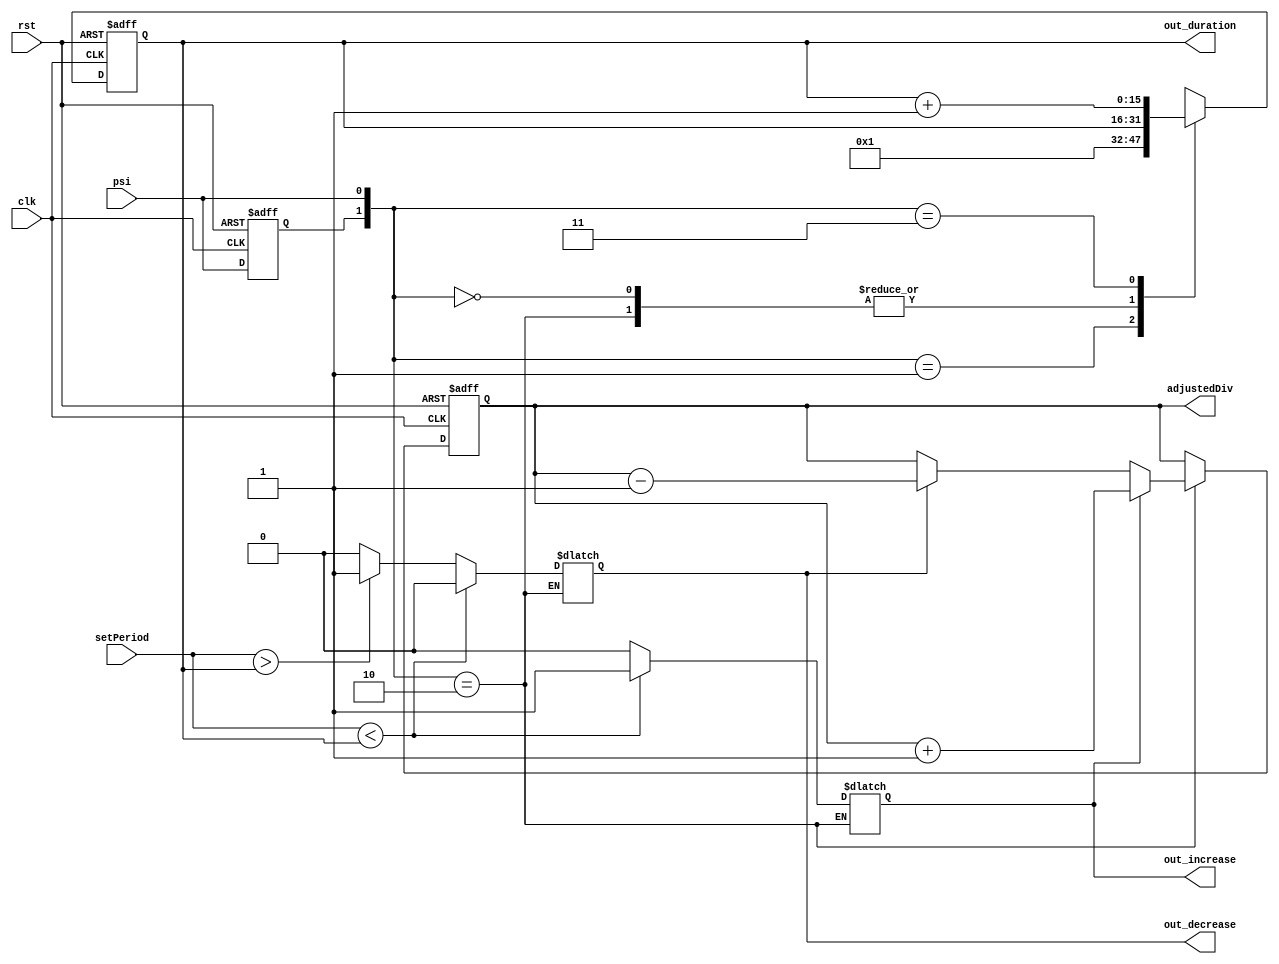
`timescale 1ns/1ns
module FrequencyRegulator(input clk , rst , psi , input [7:0] setPeriod , output reg [7:0] adjustedDiv , output[15:0] out_duration , output out_increase , out_decrease);
  // psi -> output max/min frequency divider after passing T Flip-Flop 
  // adjustedDiv -> ABCD values for counter
  // clk -> 50 MHz -> clk cycle length = 20 ns
  // setPeriod -> desired frequency
  
  reg prev_psi , increase , decrease;
  reg [15:0] counter;
  
  
  always @(posedge clk , posedge rst) begin : decide_when_to_count_and_count
    if(rst)
      counter <= 16'b0;
    else begin
      case({prev_psi , psi})
        2'b00: counter <= counter;
        2'b01: counter <= 16'b1;
        2'b10: counter <= counter;
        2'b11: counter <= counter + 1;
      endcase
    end
  end
  
  always @(prev_psi , psi) begin : comparison
    if({prev_psi , psi} == 2'b10) begin
      if(setPeriod < counter)
        {increase , decrease} = 2'b10;
      else if(setPeriod > counter)
        {increase , decrease} = 2'b01;
      else
        {increase , decrease} = 2'b00;
    end
  end
  
  always @(posedge clk , posedge rst) begin : increment_decrement
    if(rst)
      adjustedDiv <= 8'b01111111;
    else begin
      if({prev_psi , psi} == 2'b10) begin
        if(increase == 0 & decrease == 0)
          adjustedDiv <= adjustedDiv;
        if(increase)
          adjustedDiv <= adjustedDiv + 1'b1;
        else if(decrease)
          adjustedDiv <= adjustedDiv - 1'b1;
      end
    end
  end
  
  always @(posedge clk , posedge rst) begin : prev_psi_update
    if(rst)
      prev_psi <= 1'b0;
    else
      prev_psi <= psi;
  end
  
  // For showing that we have reached to target
  assign out_increase = increase;
  assign out_decrease = decrease;
  
  // Duration for seeing the number of clk cycles when psi is 1
  assign out_duration = counter;
  
endmodule